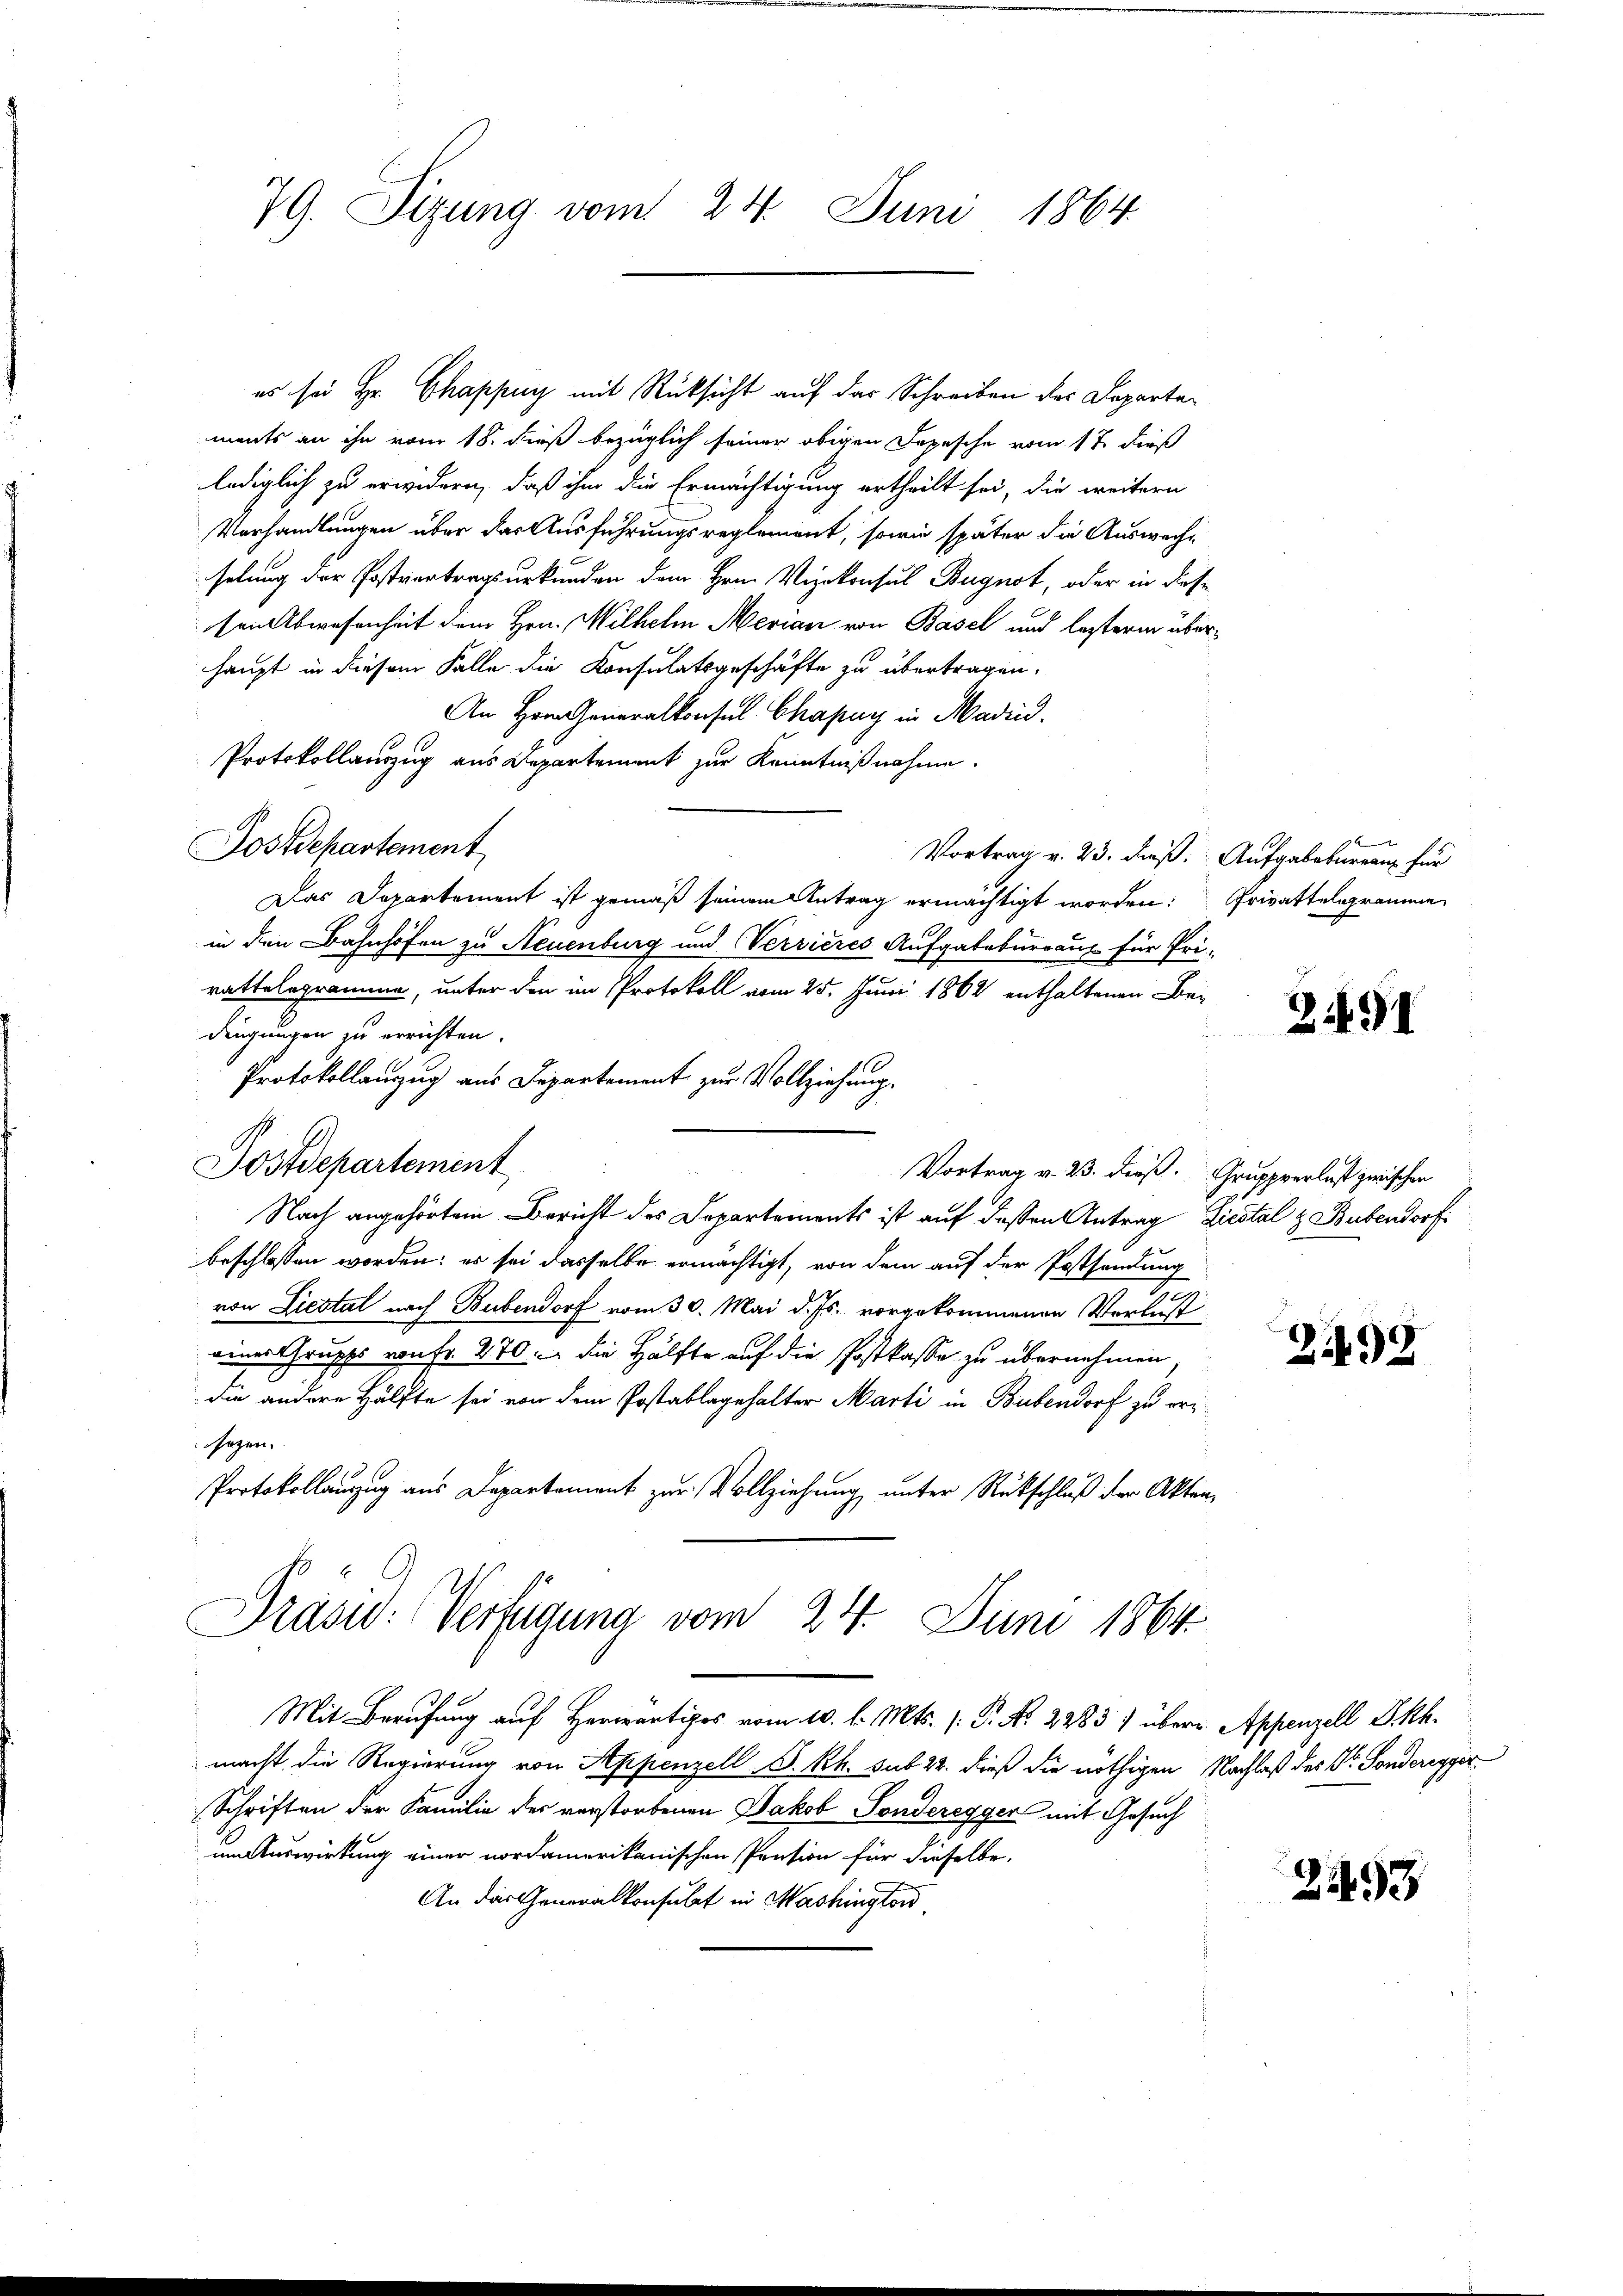
79. Sizung vom 24. Juni 1864

es sei Hr. Chappuy mit Rücksicht auf der Schreiben des Departements an ihn vom 18. dieß bezüglich seiner obigen Depesche vom 1 t dieß
lediglich zu erwidern, daß ihm die Ermächtigung ertheilt sei, die weitern
Verhandlungen über das Ausführungsreglement, sowie später die Auswechselung der Postvertragsurkunden dem Hrn. Vizekonsul Bugnot, oder in diese
sen Abwesenheit dem Hrn. Wilhelm Merian von Basel und lezterm überhaupt in diesem Falle die Konsulatsgeschäfte zu übertragen.
An Hrn. Generalkonsul Chapuy in Madrid.
Protokollauszug aus Departement zur Kenntnißnahme.
Postdepartement
Vortrag v. 23. dieß. Aufgabeturren für
Das Departement ist gemäß seinem Antrag ermächtigt worden:
in den Bahnhofen zu Neuenburg und Verrieres Aufgabebureaux für Pri-
rattelegramme, unter den im Protokoll vom 25. Juni 1862 enthaltenen Bedingungen zu errichten.
Protokollanzug aus Departement zur Vollziehung.
Postdepartement
Vortrag v. 23. dieß. Gruppverlust zwischen
Nach angehörtem Bericht des Departements ist auf dessen Antrag Liestal & Bubendorf
beschlossen worden; es sei dasselbe ermächtigt, von dem auf der Postsendung
.
von Liestal nach Bubendorf vom 30. Mai d. Js. vorgekommenen Verlust
eines Gruppe von Fr. 270. die Hälfte auf die Postkasse zu übernehmen
die andere Hälfte sei von dem Postablagehalter Marti in Bubendorf zu ersagen,
Protokollanzug aus Departement zur Vollziehung unter Rückschluß der Akten¬
Prasw: Verfügung vom 24. Juni 1864.
Mit Berufung auf Herr vom 10. d. Mts. (: P. Nr. 2283) über Appenzell P. kk.
macht, die Regierung von Appenzell S. Rh. sub 22. dieß die nöthigen Nachlaß des Dr. Sonderegger
Schriften der Familie des verstorbenen Jakob Sonderegger mit Gesuch
um Auswirkung einer nordamerikanischen Pension für dieselbe,
An das Generalkonsulat in Washington

Privattelgramme

2491

2492

2493